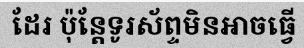
ដែរ ប៉ុន្តែទូរស័ព្ទមិនអាចធ្វើ